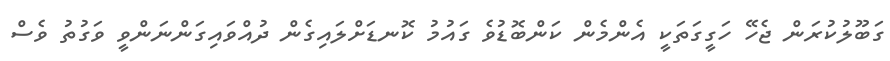
ގަބޫލުކުރަން ޖެހޭ ހަގީގަތަކީ އެންމެން ކަންބޮޑުވެ ގައުމު ކޮނޑަށްލައިގެން ދުއްވައިގަންނަންވީ ވަގުތު ވެސް